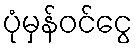
ပုံမှန်ဝင်ငွေ